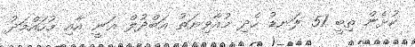
ކުޅެން ތިބީ 51 ލަނޑު ހެދި މުއާވިޔަތު އަބްދުލް ޣަނީ އާއި މުހައްމަދު